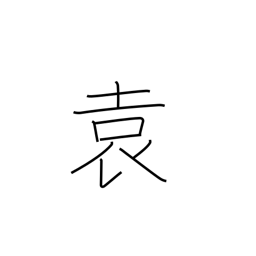
Meaning: long kimono